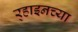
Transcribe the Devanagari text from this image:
र्‍हाइनच्या